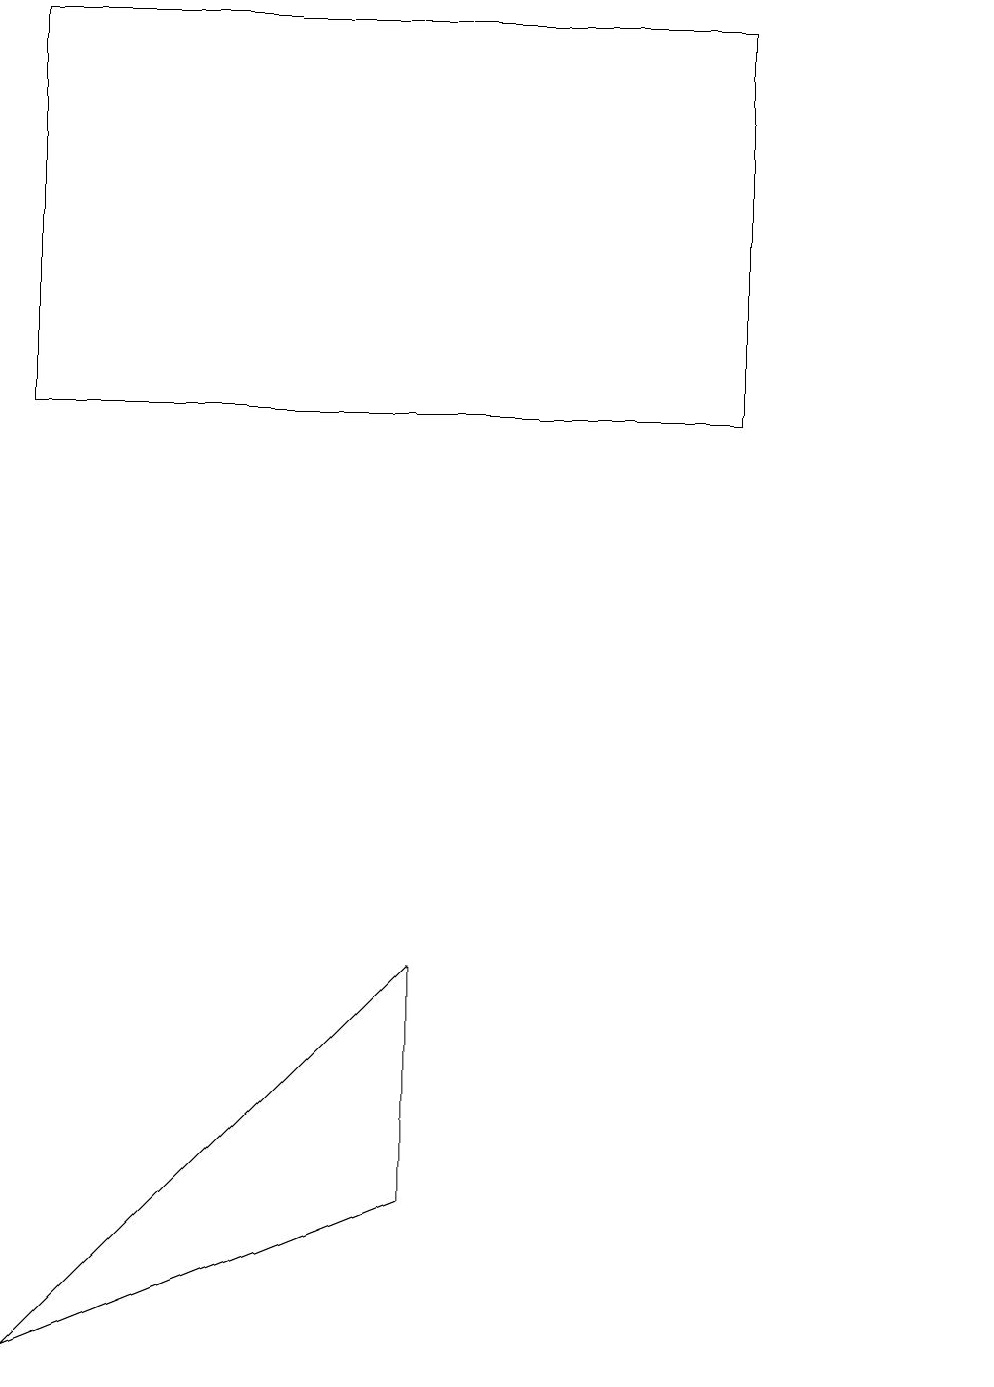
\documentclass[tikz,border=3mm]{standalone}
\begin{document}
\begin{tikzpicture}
\draw (12,10) circle (0);
\draw (0,2) -- (5,7) -- (5,4) -- cycle;
\draw (9,19) rectangle (0,14);
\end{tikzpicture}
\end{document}